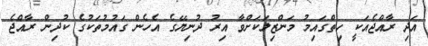
އަދި ރާއްޖެއަކީ ހިތްގައިމު މަންޒިލަކަށްވާ އިރު ދުނިޔޭގެ އެހެން ގައުމުތަކުގެ ކުދިން ރާއްޖެ